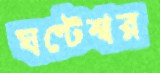
ঘণ্টেশ্বর